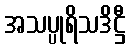
အသပ္ပုရိသဒိဋ္ဌီ